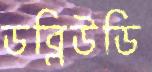
ডব্লিউডি